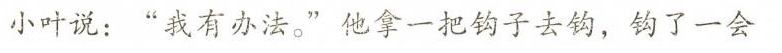
小叶说：”我有办法。”他拿一把钩子去钩，钩了一会